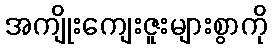
အကျိုးကျေးဇူးများစွာကို